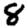
Digit: 8